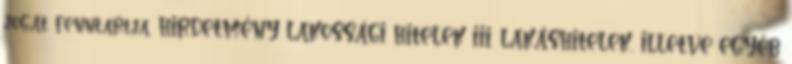
jogát fenntartja. HIRDETMÉNY LAKOSSÁGI HITELEK III. LAKÁSHITELEK, ILLETVE EGYÉB